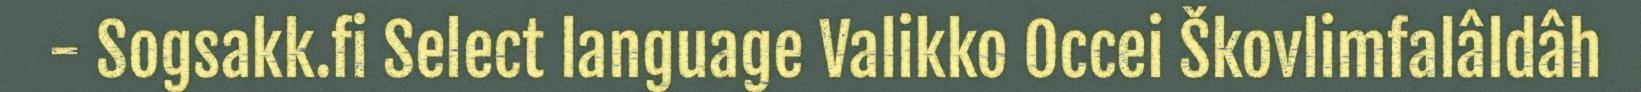
- Sogsakk.fi Select language Valikko Occei Škovlimfalâldâh